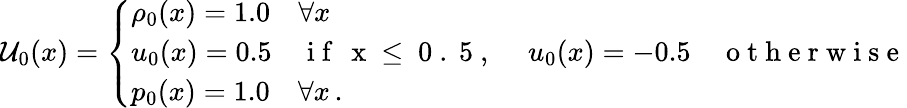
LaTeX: \mathcal{U}_{0}(x)=\left\{ \begin{array}{ll}{\rho_{0}(x)=1.0\quad\forall x}\\ {u_{0}(x)=0.5\quad\mathrm{~i~f~\, ~x~\leq~0~.~5~,~}\quad u_{0}(x)=-0.5\quad\mathrm{~o~t~h~e~r~w~i~s~e~}}\\ {p_{0}(x)=1.0\quad\forall x\, .}\end{array}\right.